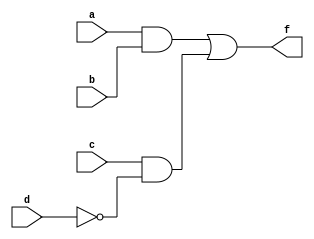
module combinational_logic_block (
    input wire a,      // Input variable a
    input wire b,      // Input variable b
    input wire c,      // Input variable c
    input wire d,      // Input variable d
    output wire f      // Output variable f
);

// Logic function: f = (a AND b) OR (c AND NOT d)
// This function can be minimized using algebraic simplification and K-maps

// Intermediate signals
wire ab;             // a AND b
wire cd_not;        // c AND NOT d

// Logic gates implementation
assign ab = a & b;              // AND gate for a and b
assign cd_not = c & ~d;         // AND gate for c and NOT d
assign f = ab | cd_not;         // OR gate for the final output

endmodule